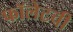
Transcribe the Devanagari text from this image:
फॉलेटची